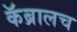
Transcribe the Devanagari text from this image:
कॅब्रालच